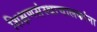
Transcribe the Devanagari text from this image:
शिक्षणसंस्थाचालकांना